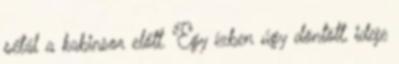
sétál a kabinsor előtt. Egy ízben úgy döntött, ideje